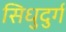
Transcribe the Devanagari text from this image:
सिधुदुर्ग